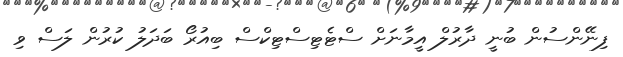
ފިނޭންސުން ބުނީ ދާރުލް އީމާނަށް ސްޓެޓިސްޓިކްސް ބިއުރޯ ބަދަލު ކުރުން ލަސް ވި